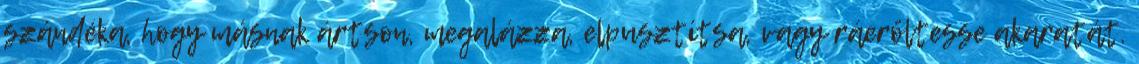
szándéka, hogy másnak ártson, megalázza, elpusztítsa, vagy ráerőltesse akaratát.